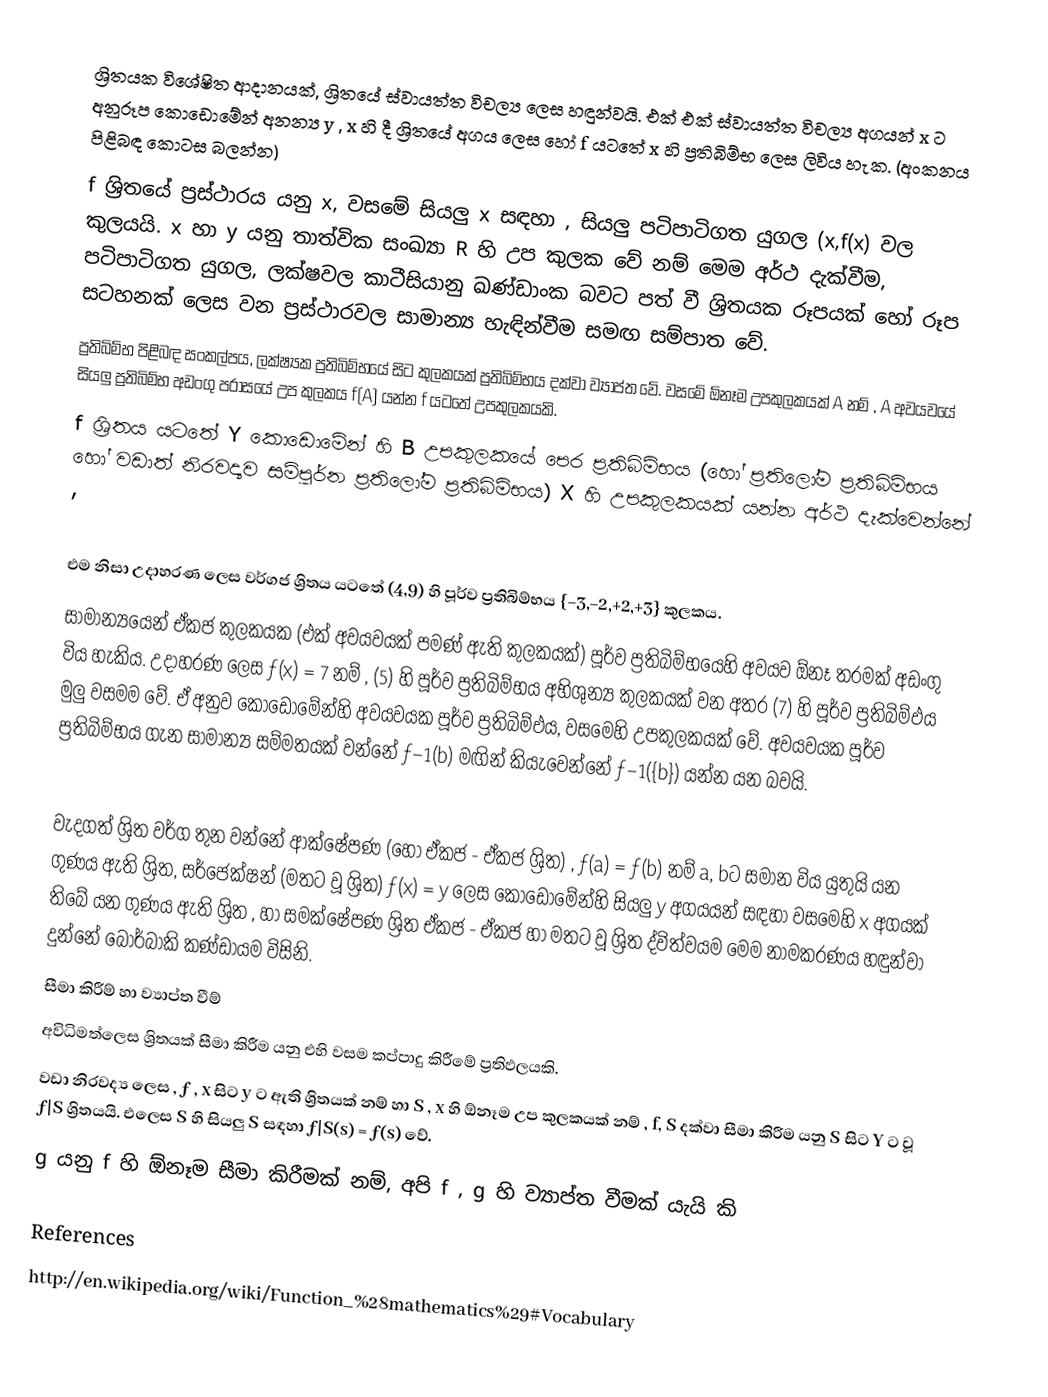
ශ්‍රිතයක විශේෂිත ආදානයක්, ශ්‍රිතයේ ස්වායත්ත විචල්‍ය ලෙස හඳුන්වයි. එක් එක් ස්වායත්ත විචල්‍ය අගයන් x ට අනුරූප කොඩොමේන් අනන්‍ය y , x හි දී ශ්‍රිතයේ අගය ලෙස හෝ f යටතේ x හි ප්‍රතිබිම්භ ලෙස ලිවිය හැක. (අංකනය පිළිබඳ කොටස බලන්න)
f ශ්‍රිතයේ ප්‍රස්ථාරය යනු x, වසමේ සියලු x සඳහා , සියලු පටිපාටිගත යුගල (x,f(x) වල කුලයයි. x හා y යනු තාත්වික සංඛ්‍යා R හි උප කුලක වේ නම් මෙම අර්ථ දැක්වීම, පටිපාටිගත යුගල, ලක්ෂවල කාටීසියානු ඛණ්ඩාංක බවට පත් වී ශ්‍රිතයක රූපයක් හෝ රූප සටහනක් ලෙස වන ප්‍රස්ථාරවල සාමාන්‍ය හැඳින්වීම සමඟ සම්පාත වේ.
ප්‍රතිබිම්භ පිළිබඳ සංකල්පය, ලක්ෂ්‍යක ප්‍රතිබිම්භයේ සිට කුලකයක් ප්‍රතිබිම්භය දක්වා ව්‍යාප්ත වේ. වසමේ ඕනෑම උපකුලකයක් A නම් , A අවයවයේ සියලු ප්‍රතිබිම්භ අඩංගු පරාසයේ උප කුලකය f(A) යන්න f යටතේ උපකුලකයකි.
f ශ්‍රිතය යටතේ Y කොඩොමේන් හි B උපකුලකයේ පෙර ප්‍රතිබිම්භය (හෝ ප්‍රතිලෝම ප්‍රතිබිම්භය හෝ වඩාත් නිරවද්‍යව සම්පූර්න ප්‍රතිලෝම ප්‍රතිබිම්භය) X හි උපකුලකයක් යන්න අර්ථ දැක්වෙන්නේ ,

එම නිසා උදාහරණ ලෙස වර්ගජ ශ්‍රිතය යටතේ (4,9) හි පූර්ව ප්‍රතිබිම්භය {−3,−2,+2,+3} කුලකය.
සාමාන්‍යයෙන් ඒකජ කුලකයක (එක් අවයවයක් පමණ් ඇති කුලකයක්) පූර්ව ප්‍රතිබිම්භයෙහි අවයව ඕනෑ තරමක් අඩංගු විය හැකිය. උදාහරණ ලෙස ƒ(x) = 7 නම් , (5) හි පූර්ව ප්‍රතිබිම්භය අභිශුන්‍ය කුලකයක් වන අතර (7) හි පූර්ව ප්‍රතිබිම්ඵය මුලු වසමම වේ. ඒ අනුව කොඩොමේන්හි අවයවයක පූර්ව ප්‍රතිබිම්ඵය, වසමෙහි උප‍කුලකයක් වේ. අවයවයක පූර්ව ප්‍රතිබිම්භය ගැන සාමාන්‍ය සම්මතයක් වන්නේ ƒ−1(b) මඟින් කියැවෙන්නේ ƒ−1({b}) යන්න යන බවයි.

වැදගත් ශ්‍රිත වර්ග තුන වන්නේ ආක්ෂේපණ (හෝ ඒකජ - ඒකජ ශ්‍රිත) , ƒ(a) = ƒ(b) නම් a, bට සමාන විය යුතුයි යන ගුණය ඇති ශ්‍රිත, සර්ජෙක්ෂන් (මතට වූ ශ්‍රිත) ƒ(x) = y  ලෙස කොඩොමේන්හි සියලු y අගයයන් සඳහා වසමෙහි x අගයක් තිබේ යන ගුණය ඇති ශ්‍රිත , හා සමක්ෂේපණ ශ්‍රිත ඒකජ - ඒකජ හා මතට වූ  ශ්‍රිත ද්විත්වයම මෙම නාමකරණය හඳුන්වා දුන්නේ බොර්බාකි කණ්ඩායම විසිනි.
සීමා කිරීම් හා ව්‍යාප්ත වීම්
අවිධිමත්‍ලෙස ශ්‍රිතයක් සීමා කිරීම යනු එහි වසම  කප්පාදු කිරීමේ ප්‍රතිඵලයකි.
වඩා නිරවද්‍ය ලෙස , ƒ , x  සිට y ට ඇති ශ්‍රිතයක් නම් හා S , x හි ඕනෑම උප කුලකයක් නම් , f, S දක්වා සීමා කිරීම යනු S සිට Y ට  වූ ƒ|S   ශ්‍රිතයයි. එලෙස S හි සියලු S  සඳහා ƒ|S(s) = ƒ(s) වේ.
g යනු f හි ඕනෑම සීමා කිරීමක් නම්, අපි f , g හි ව්‍යාප්ත වීමක් යැයි කි

References
http://en.wikipedia.org/wiki/Function_%28mathematics%29#Vocabulary